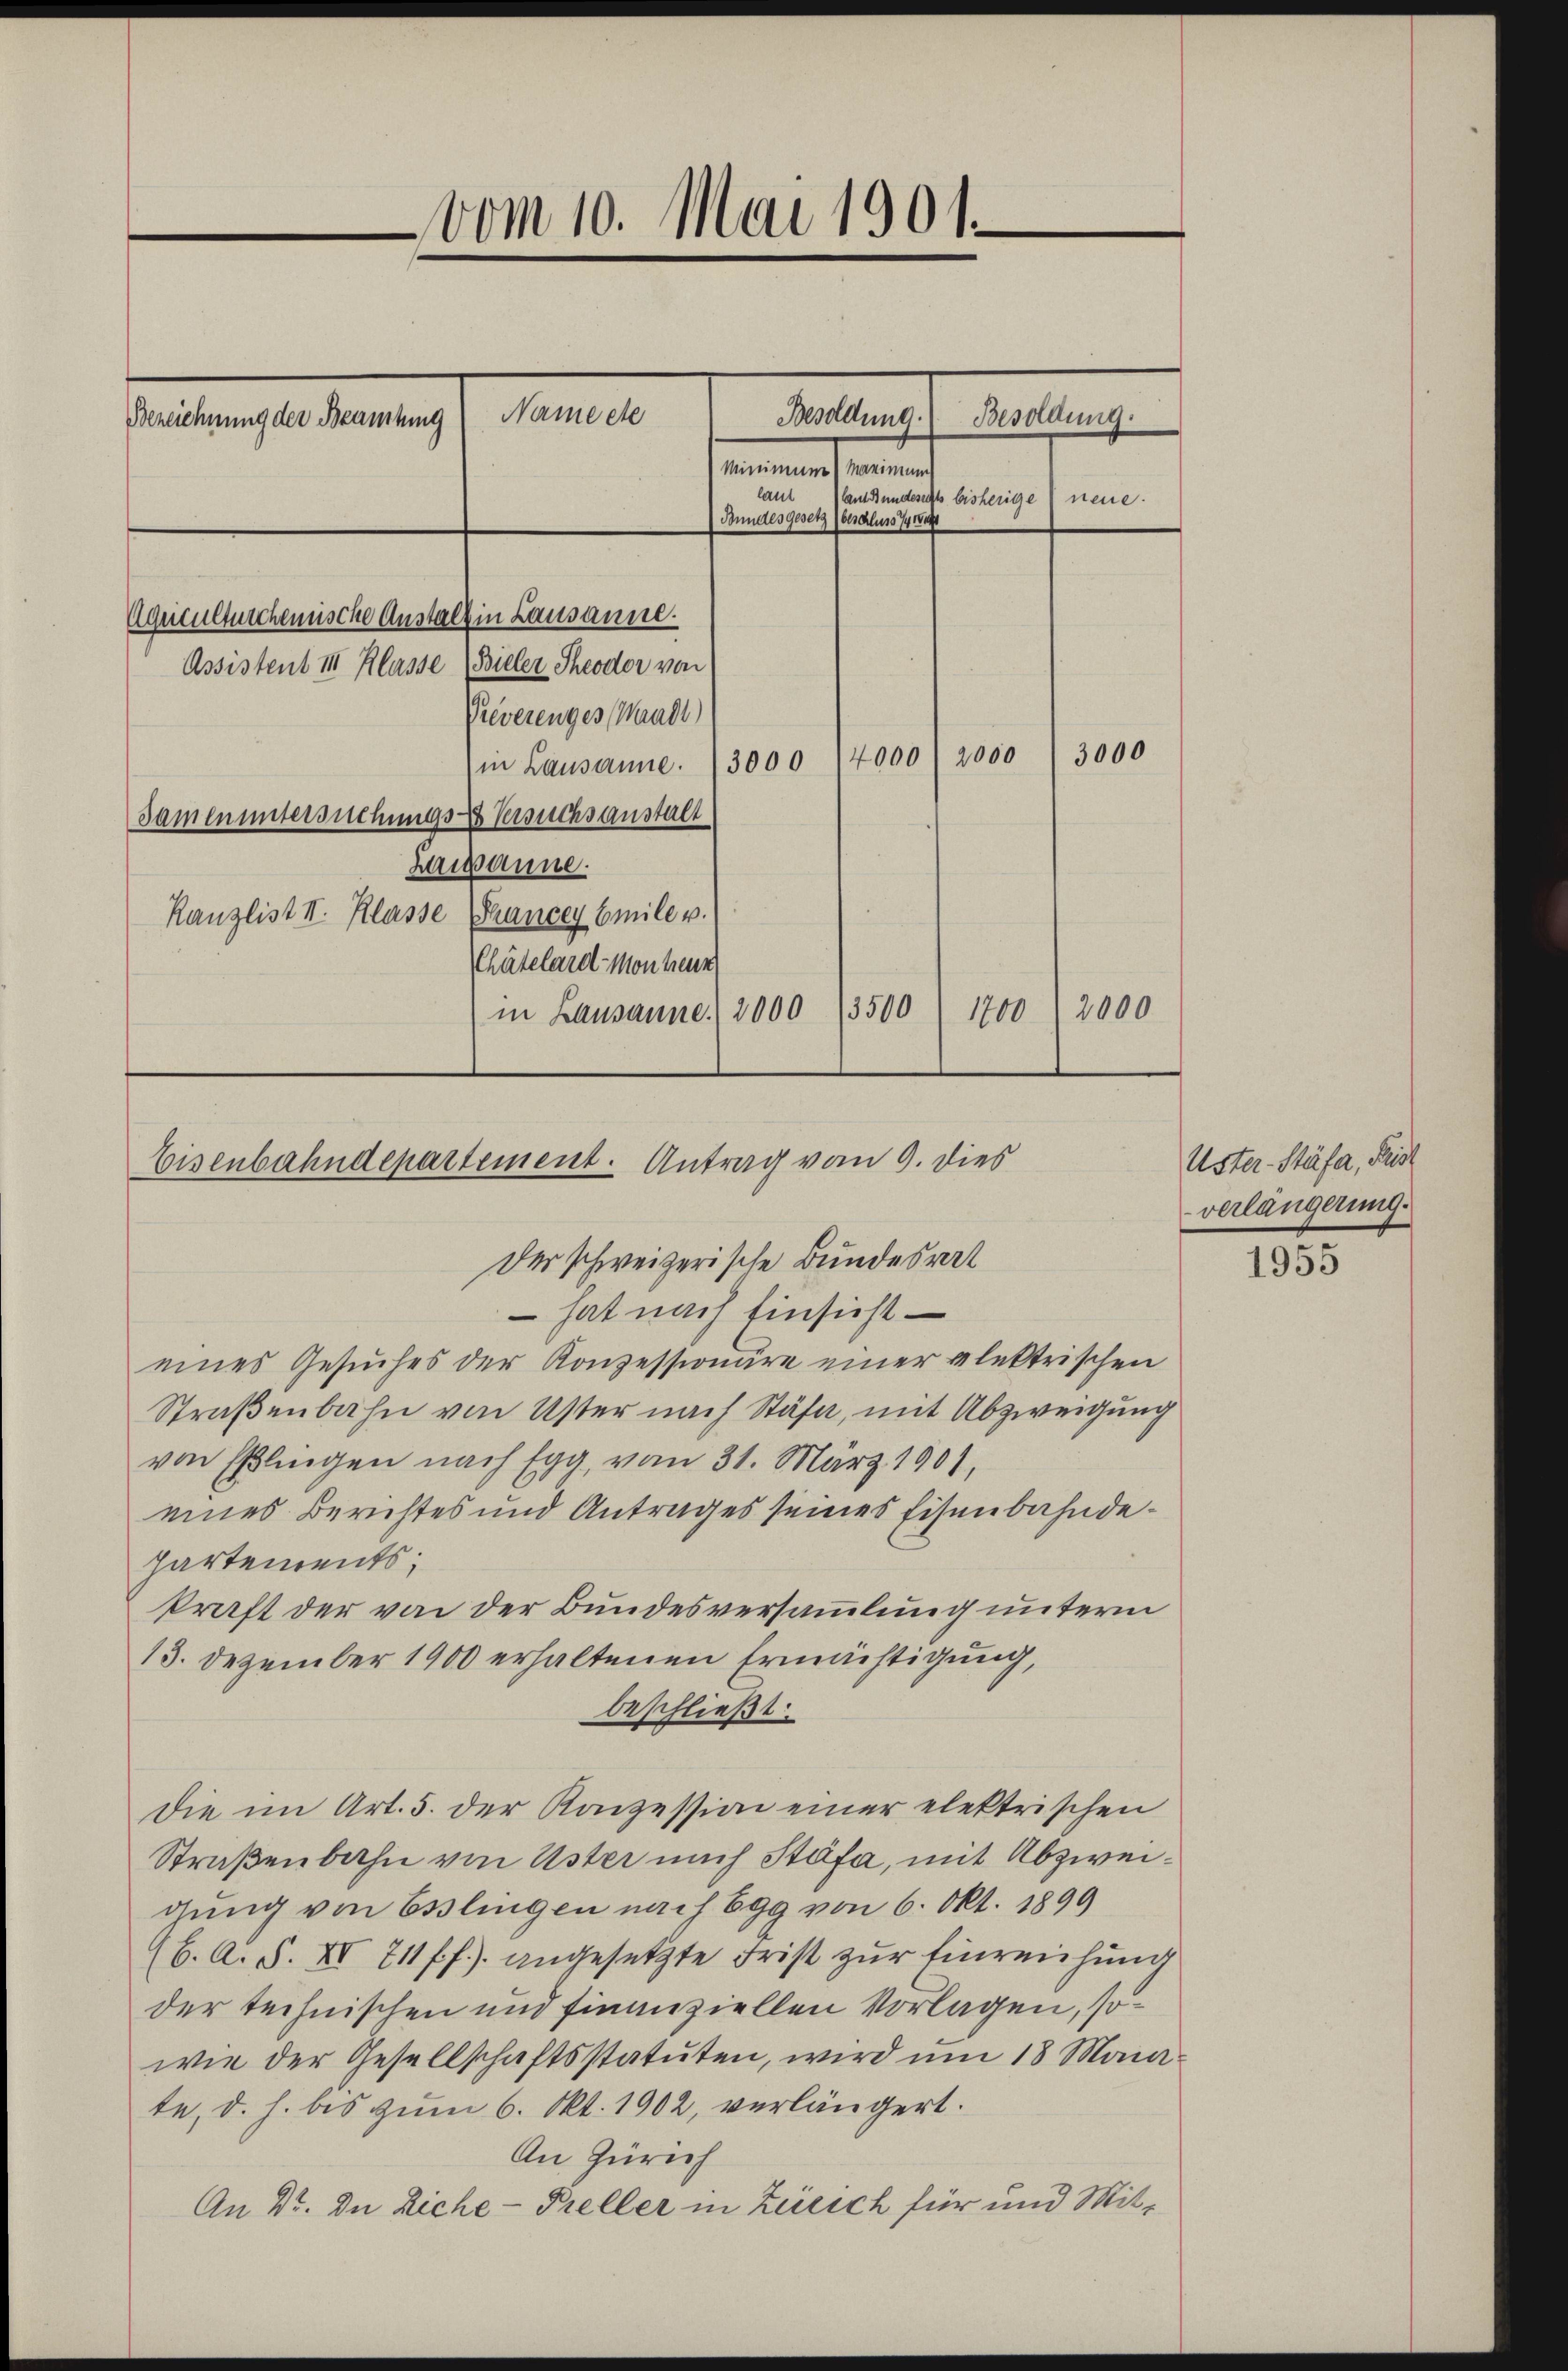
Bezeichnung der Beamtung

Name ete

vom 10. Mai 1901.

Besoldung.
mendenen seinen
last
lan Bundesachts bisherige neue.
Bundes Gesetz beschluss 14 wa
Aquiulturchenische Anstalt in Lausanne.
Assistent III Klasse (Bieler Theodor von
Pieverenges (Waadt)
3000
in Lausanne. (3000 14000 (2000
Samen untersuchungs- & Versuchsanstalt
Lausanne.
Kanzlist II. Klasse Francey Emile v.
Chätelard Monheur
1700 (2000
in Lausanne 2000 13500

Besoldung.

Eisenbahndepartement. Antrag vom 9. dies

Uster-Stäfa, Reis
verlängerung.

Der schweizerische Bundesrat
 hat nach Einsicht
eines Gesuches der Konzessionäre einer elektrischen
Straßenbahn von Uster nach Stäfa, mit Abzweigung
von Eßlingen nach Egg, vom 31. März 1901,
eines Berichtes und Antrages seines Eisenbahndepartements.
kraft der von der Bundesversammlung unterm
13. Dezember 1900 erhaltenen Ermächtigung,
beschließt:
die im Art. 5. der Konzession einer elektrischen
Straβenbahn von Uster nach Stäfa, mit Abzweigung von Esslingen nach Egg von 6. Okt. 1899
(6. A. S. XII 211 ff.) angesetzte Frist zur Einreichung
der technischen und finanziellen Vorlagen, sowie der Gesellschaftsstatuten, wird um 18 Monate, d. h. bis zum 6. Okt. 1902, verlängert.
An Zürich
An Dr. In Ziche- Preller in Zürich für und Mit¬

1955